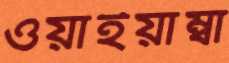
ওয়াইয়াম্বা